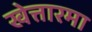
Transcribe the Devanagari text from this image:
खेत्तारमा